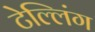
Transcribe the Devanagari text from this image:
टेल्लिंग